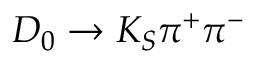
D _ { 0 } \to K _ { S } \pi ^ { + } \pi ^ { - }